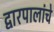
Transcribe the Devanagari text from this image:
द्वारपालांचे